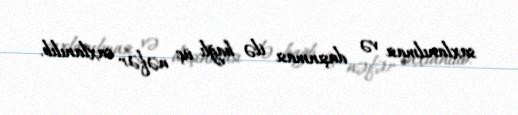
saxlanılması və daşınması ilə bağlı üç nəfər saxlanılıb.